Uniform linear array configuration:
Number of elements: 64
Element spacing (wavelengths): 0.25
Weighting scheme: binomial
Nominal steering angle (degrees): -60
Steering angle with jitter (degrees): -59.273
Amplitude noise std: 0.05
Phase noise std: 0.05

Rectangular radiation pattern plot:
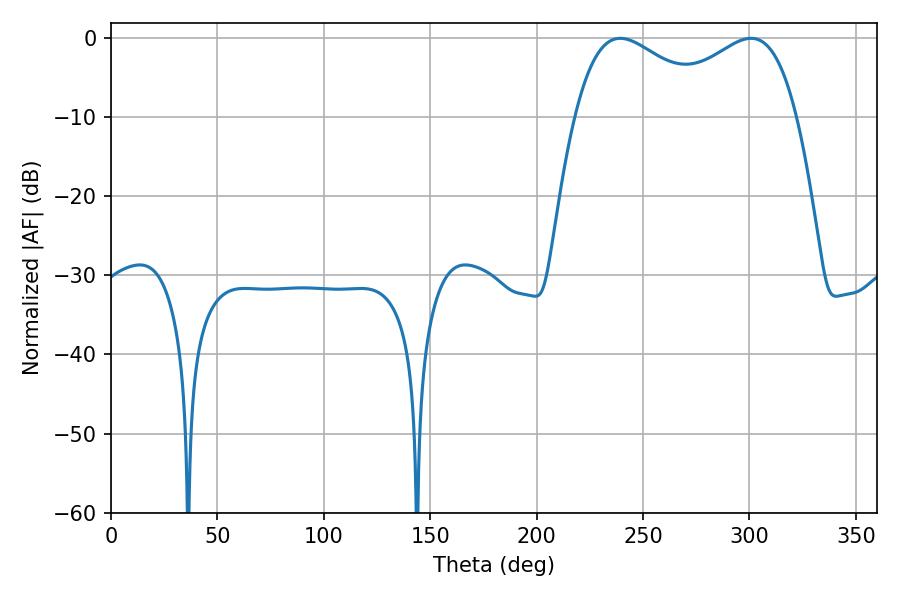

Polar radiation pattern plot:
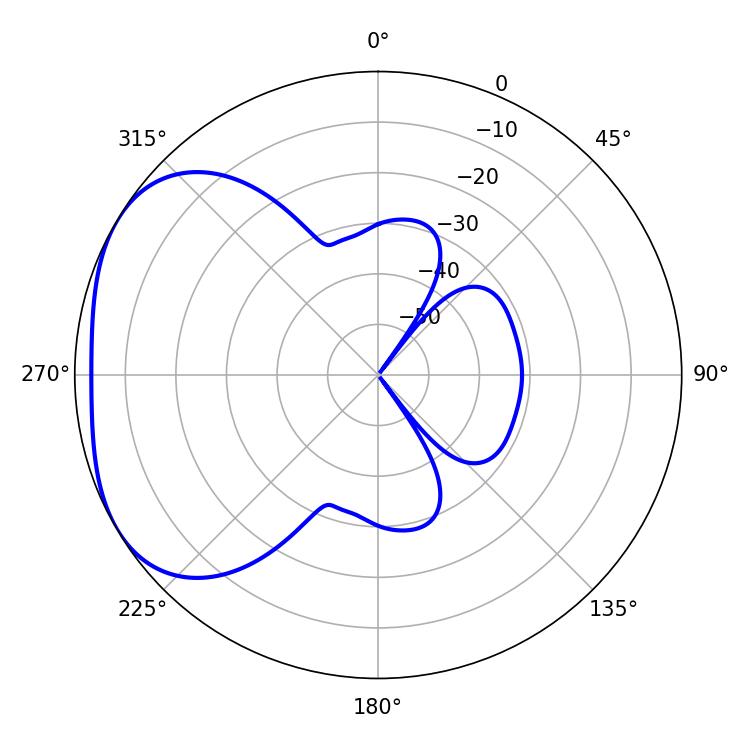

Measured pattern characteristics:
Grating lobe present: FALSE
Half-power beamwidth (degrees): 37.08
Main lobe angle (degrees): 239.22